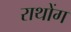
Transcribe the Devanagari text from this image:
राथोंग